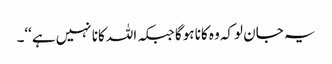
یہ جان لوکہ وہ کانا ہوگا جبکہ اللہ کانا نہیں ہے‘‘۔